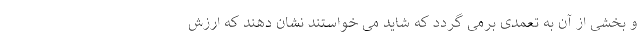
و بخشی از آن به تعمدی برمی گردد که شاید می خواستند نشان دهند که ارزش